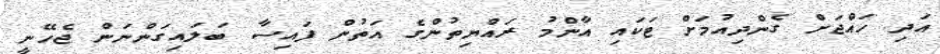
އަދި ހައްޖަށް ގެންދިއުމަށް ޓަކައި އާންމު ރައްޔިތުންގެ އަތުން ފައިސާ ބަލައިގަންނަން ޖެހޭނީ